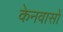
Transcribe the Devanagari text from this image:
केनवासों